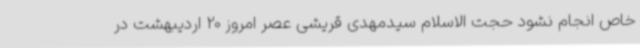
خاص انجام نشود حجت الاسلام سیدمهدی قریشی عصر امروز 20 اردیبهشت در